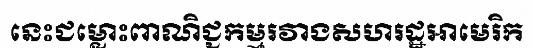
នេះជម្លោះពាណិជ្ជកម្មរវាងសហរដ្ឋអាមេរិក